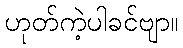
ဟုတ်ကဲ့ပါခင်ဗျာ။